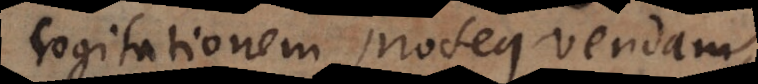
cogitationem prosequendam,